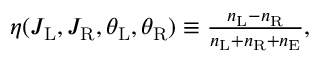
\begin{array} { r } { \eta ( J _ { \mathrm { L } } , J _ { \mathrm { R } } , \theta _ { \mathrm { L } } , \theta _ { \mathrm { R } } ) \equiv \frac { n _ { \mathrm { L } } - n _ { \mathrm { R } } } { n _ { \mathrm { L } } + n _ { \mathrm { R } } + n _ { \mathrm { E } } } , } \end{array}